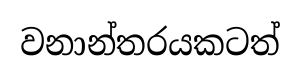
වනාන්තරයකටත්